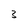
Character: 3